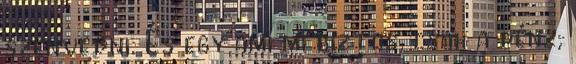
szenvedni. És egy ami mi biztos, csak a pénz,